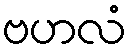
ဗဟလံ